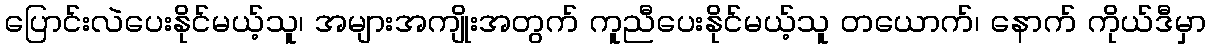
ပြောင်းလဲပေးနိုင်မယ့်သူ၊ အများအကျိုးအတွက် ကူညီပေးနိုင်မယ့်သူ တယောက်၊ နောက် ကိုယ်ဒီမှာ